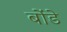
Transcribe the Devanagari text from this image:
बोंडे